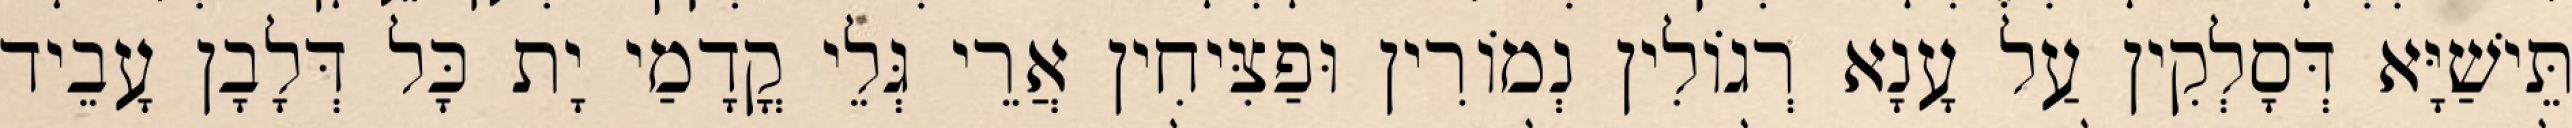
תֵּישַׁיָּא דְּסָלְקִין עַל עָנָא רְגוֹלִין נְמוֹרִין וּפַצִּיחִין אֲרֵי גְּלֵי קֳדָמַי יָת כָּל דְּלָבָן עָבֵיד